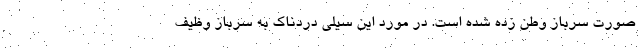
صورت سرباز وطن زده شده است. در مورد این سیلی دردناک به سرباز وظیف